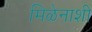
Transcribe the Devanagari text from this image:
मिळेनाशी